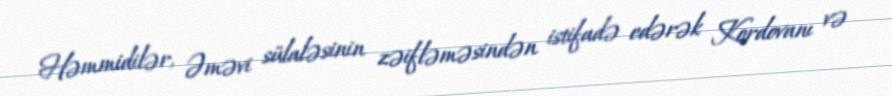
Həmmidilər, Əməvi sülaləsinin zəifləməsindən istifadə edərək Kordovanı və